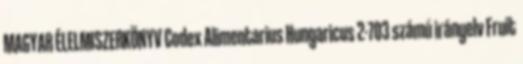
MAGYAR ÉLELMISZERKÖNYV Codex Alimentarius Hungaricus 2-703 számú irányelv Fruit